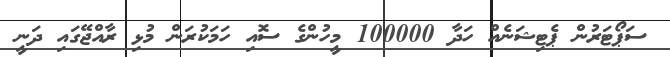
ސަޕޯޓަރުން ޕެޓިޝަނެއް ހަދާ 100000 މީހުންގެ ސޮއި ހަމަކުރަން މުޅި ރާއްޖޭގައި ދަނީ